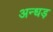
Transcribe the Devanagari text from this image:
अन्धड़